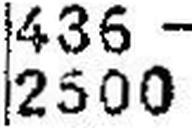
2500